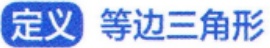
定义 等边三角形